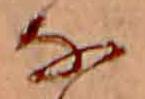
な